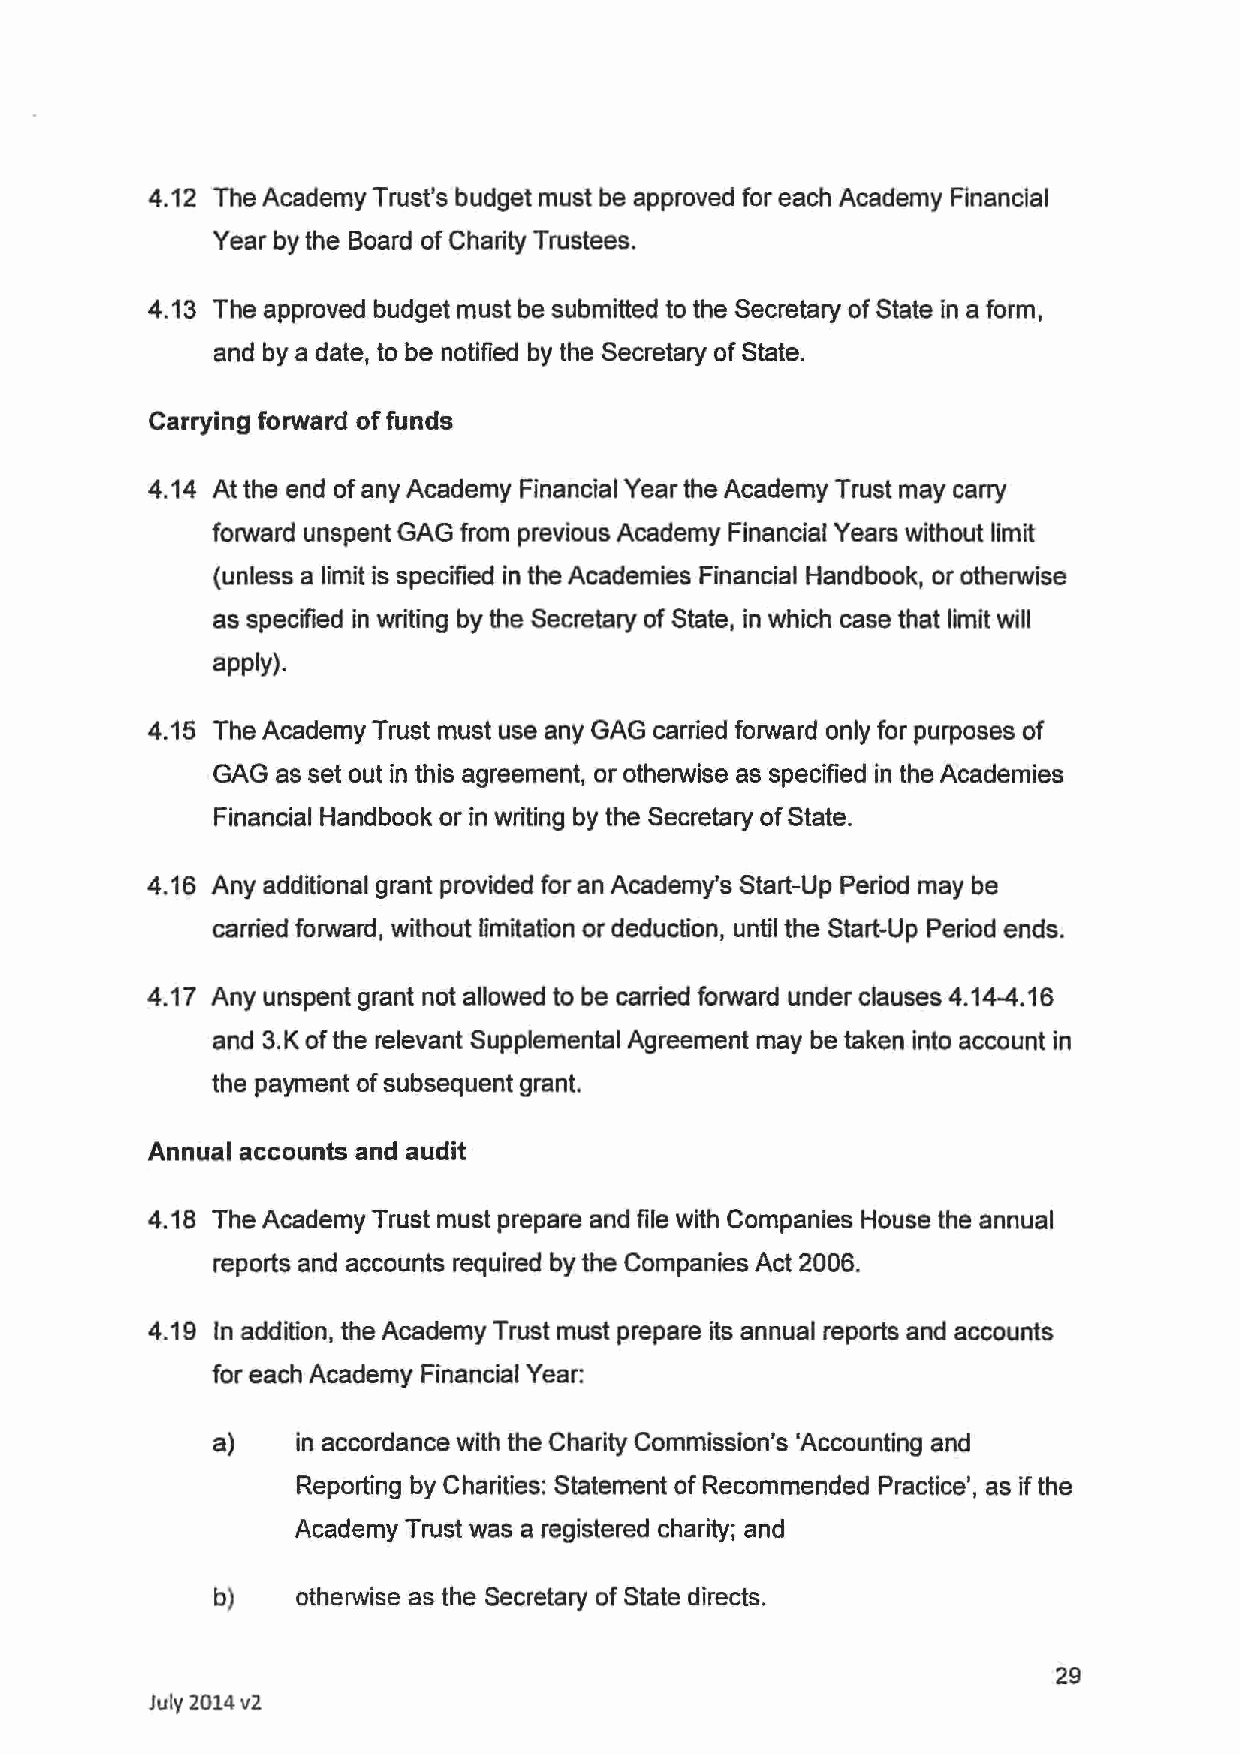
4.12 The Academy Trust's budget must be approved for each Academy Financial
 Year by the Board of Charity Trustees.
 4.13 The approved budget must be submitted to the Secretary of State in a form,
 and by a date, to be notified by the Secretary of State.
 Carrying forward of funds
 4.14 At the end of any Academy Financial Year the Academy Trust may carry
 forward unspent GAG from previous Academy Financial Years without limit
 (unless a limit is specified in the Academies Financial Handbook, or otherwise
 as specified in writing by the Secretary of State, in which case that limit will
 apply).
 4.15 The Academy Trust must use any GAG carried forward only for purposes of
 GAG as set out in this agreement, or otherwise as specified in the Academies
 Financial Handbook or in writing by the Secretary of State.
 4.16 Any additional grant provided for an Academy's Start-Up Period may be
 carried forward, without limitation or deduction, until the Start-Up Period ends.
 4.17 Any unspent grant not allowed to be carried forward under clauses 4.14-4.16
 and 3.K of the relevant Supplemental Agreement may be taken into account in
 the payment of subsequent grant.
 Annual accounts and audit
 4.18 The Academy Trust must prepare and file with Companies House the annual
 reports and accounts required by the Companies Act 2006.
 4.19 In addition, the Academy Trust must prepare its annual reports and accounts
 for each Academy Financial Year:
 a)    in accordance with the Charity Commission's 'Accounting and
 Reporting by Charities: Statement of Recommended Practice', as if the
 Academy Trust was a registered charity; and
 b)    otherwise as the Secretary of State directs.
 29
 July 2014 v2